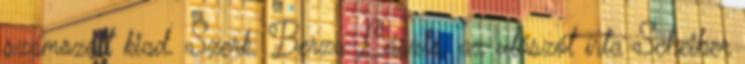
számozott kiad. Szerk. Berza László, az utószót írta Scheiber